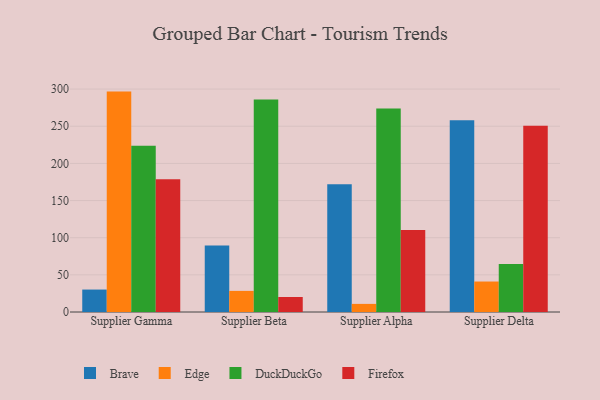
{"axis": {"x": "Supplier", "y": "Customer Acquisition Cost (USD)"}, "legend": ["Brave", "DuckDuckGo", "Edge", "Firefox"], "data": [{"x": "Supplier Gamma", "y": 30.2, "type": "Brave"}, {"x": "Supplier Gamma", "y": 296.6, "type": "Edge"}, {"x": "Supplier Gamma", "y": 223.6, "type": "DuckDuckGo"}, {"x": "Supplier Gamma", "y": 178.5, "type": "Firefox"}, {"x": "Supplier Beta", "y": 89.6, "type": "Brave"}, {"x": "Supplier Beta", "y": 28.4, "type": "Edge"}, {"x": "Supplier Beta", "y": 285.9, "type": "DuckDuckGo"}, {"x": "Supplier Beta", "y": 20.2, "type": "Firefox"}, {"x": "Supplier Alpha", "y": 171.9, "type": "Brave"}, {"x": "Supplier Alpha", "y": 10.9, "type": "Edge"}, {"x": "Supplier Alpha", "y": 273.7, "type": "DuckDuckGo"}, {"x": "Supplier Alpha", "y": 110.5, "type": "Firefox"}, {"x": "Supplier Delta", "y": 258.0, "type": "Brave"}, {"x": "Supplier Delta", "y": 41.0, "type": "Edge"}, {"x": "Supplier Delta", "y": 64.5, "type": "DuckDuckGo"}, {"x": "Supplier Delta", "y": 250.6, "type": "Firefox"}]}